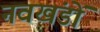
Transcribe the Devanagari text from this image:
नवखंडों